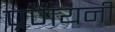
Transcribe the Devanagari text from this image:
प्रणयनी